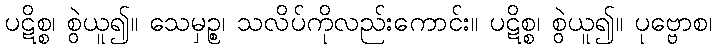
ပဋိစ္စ၊ စွဲယူ၍။ သေမှဉ္စ၊ သလိပ်ကိုလည်းကောင်း။ ပဋိစ္စ၊ စွဲယူ၍။ ပုဗ္ဗောစ၊